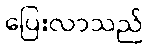
ပြေးလာသည်